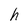
Character: h